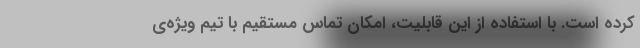
کرده است. با استفاده از این قابلیت، امکان تماس مستقیم با تیم ویژه‌ی